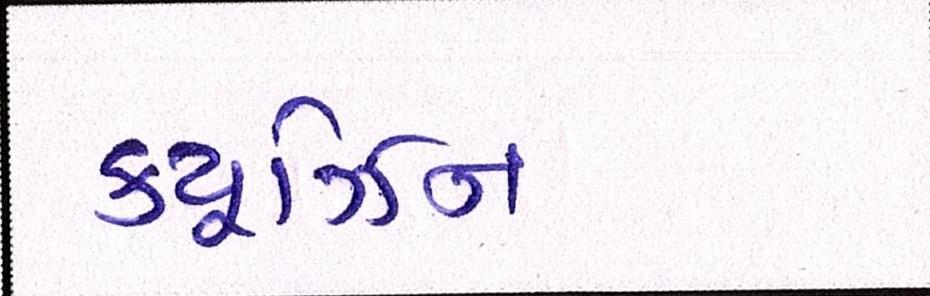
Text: ક્યૂઝિન